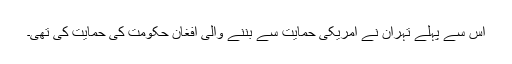
اس سے پہلے تہران نے امریکی حمایت سے بننے والی افغان حکومت کی حمایت کی تھی۔